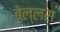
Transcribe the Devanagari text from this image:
बेल्लस